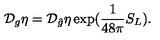
{ \cal { D } } _ { g } \eta = { \cal { D } } _ { \hat { g } } \eta \exp ( \frac { 1 } { 4 8 \pi } S _ { L } ) .